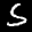
Label: 5